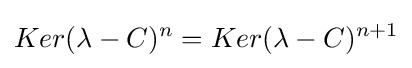
Ker(\lambda -C)^{n}=Ker(\lambda -C)^{n+1}